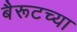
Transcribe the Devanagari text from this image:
बैरूटच्या